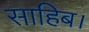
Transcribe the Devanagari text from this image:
साहिब।